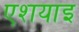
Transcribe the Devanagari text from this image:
एशयाइ